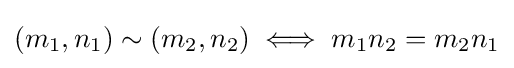
(m_{1},n_{1})\sim (m_{2},n_{2})\iff m_{1}n_{2}=m_{2}n_{1}